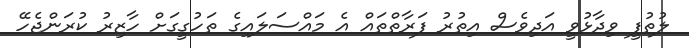
ލުތުފީ ވިދާޅުވީ އަދިވެސް އިތުރު ފަރާތްތައް އެ މައްސަލައިގެ ތަހުގީގަށް ހާޒިރު ކުރަންޖެހޭ